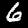
Label: 6